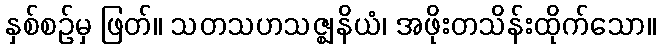
နှစ်စဉ်မှ ဖြတ်။ သတသဟသဇ္ဈနိယံ၊ အဖိုးတသိန်းထိုက်သော။